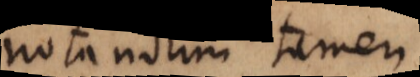
Notandum tamen